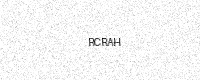
Text: RCRAH